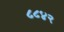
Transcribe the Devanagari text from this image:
८८४२